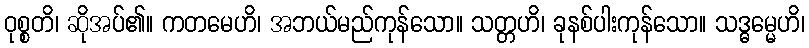
ဝုစ္စတိ၊ ဆိုအပ်၏။ ကတမေဟိ၊ အဘယ်မည်ကုန်သော။ သတ္တဟိ၊ ခုနစ်ပါးကုန်သော။ သဒ္ဓမ္မေဟိ၊